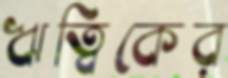
ঋত্বিকের